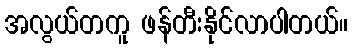
အလွယ်တကူ ဖန်တီးနိုင်လာပါတယ်။